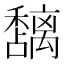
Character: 𮃵